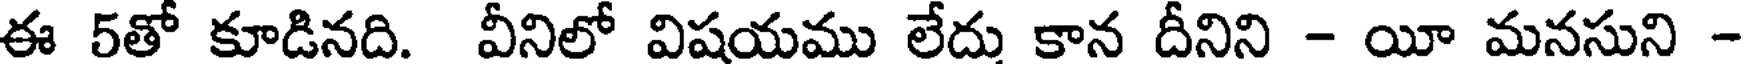
ఈ 5తో కూడినది. వీనిలో విషయము లేదు కాన దీనిని - యీ మనసుని -